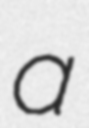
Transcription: a